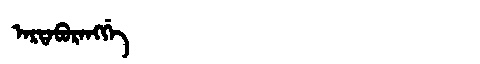
Manchu: ᠠᡵᡨᠠᠪᡠᡵᠠᠩᡤᡝ
Romanization: ARTABURANGGE